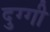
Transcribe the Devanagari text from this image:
दुग्गी